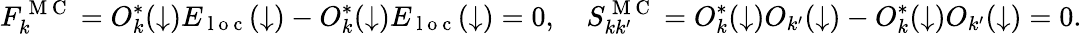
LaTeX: F_{k}^{\mathrm{~M~C~}}=O_{k}^{*}(\downarrow)E_{\mathrm{~l~o~c~}}(\downarrow)-O_{k}^{*}(\downarrow)E_{\mathrm{~l~o~c~}}(\downarrow)=0,\quad S_{kk^{\prime}}^{\mathrm{~M~C~}}=O_{k}^{*}(\downarrow)O_{k^{\prime}}(\downarrow)-O_{k}^{*}(\downarrow)O_{k^{\prime}}(\downarrow)=0.